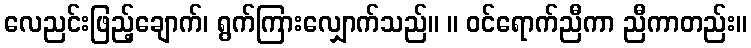
လေညင်းဖြည့်ချောက်၊ ရွက်ကြားလျှောက်သည်။ ။ ဝင်ရောက်ညီကာ ညီကာတည်း။